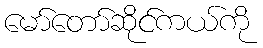
မော်တော်ဆိုင်ကယ်ကို